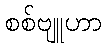
စစ်ဗျူဟာ